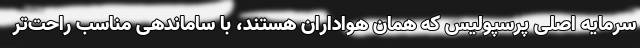
سرمایه اصلی پرسپولیس که همان هواداران هستند، با ساماندهی مناسب راحت‌تر